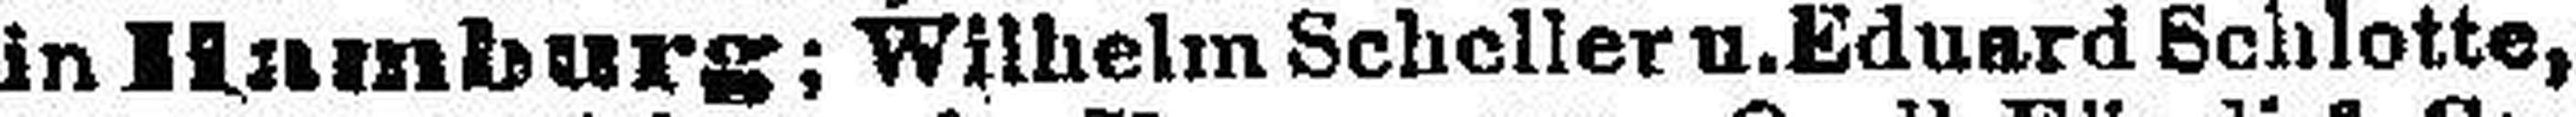
in Hamburg; Wilhelm Scheller u. Eduard Schlotte,